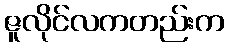
ဇူလိုင်လကတည်းက